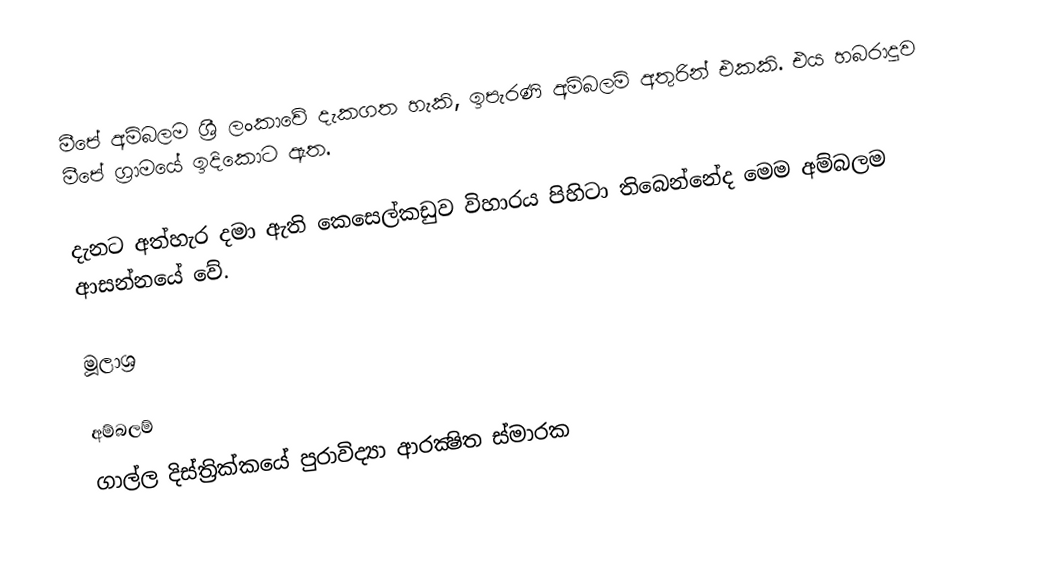
මීපේ අම්බලම ශ්‍රී ලංකාවේ දැකගත හැකි, ඉපැරණි අම්බලම් අතුරින් එකකි. එය හබරාදූව මීපේ ග්‍රාමයේ ඉදිකොට ඇත.

දැනට අත්හැර දමා ඇති කෙසෙල්කඩුව විහාරය පිහිටා තිබෙන්නේද මෙම අම්බලම ආසන්නයේ වේ.

මූලාශ්‍ර

අම්බලම්
ගාල්ල දිස්ත්‍රික්කයේ පුරාවිද්‍යා ආරක්‍ෂිත ස්මාරක